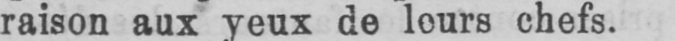
chefs.